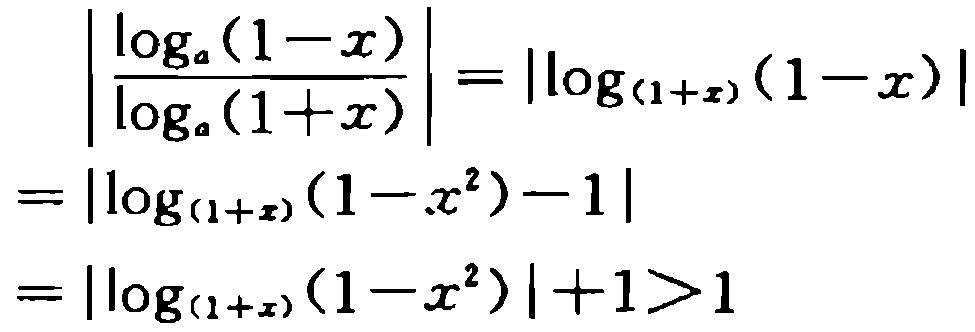
\[
\begin{align*}
\left|\frac{\log_{a}(1 - x)}{\log_{a}(1 + x)}\right|&=\left|\log_{(1 + x)}(1 - x)\right|\\
&=\left|\log_{(1 + x)}(1 - x^{2})-1\right|\\
&=\left|\log_{(1 + x)}(1 - x^{2})\right| + 1>1
\end{align*}
\]